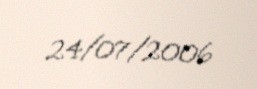
24/07/2006